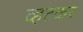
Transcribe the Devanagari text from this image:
व्हटकर